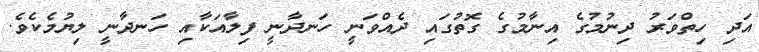
އަދި ހިތްވަރު ދިނުމުގެ އިނާމުގެ ގޮތުގައި ދެއްވަނީ ހަނދާނީ ފިލާއަކާއި ހަނދާނީ ލިޔުމެކެވެ.